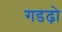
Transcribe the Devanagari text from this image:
गडढ़ो